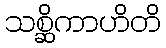
သစ္ဆိကာဟိတိ